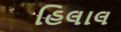
હિલાલ